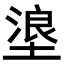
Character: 𪤊